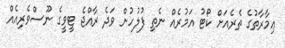
ޢިމާރާތުގެ ތެރެެއަށް ކޯޓު އަމުރެއް ނެތި ފުލުހުން ވަދެ ރާއްޖެ ޓީވީގެ ނޫސްވެރިއެއް